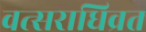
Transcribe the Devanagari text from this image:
वत्सराधिव्रत